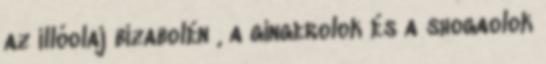
az illóolaj bizabolén , a gingerolok és a shogaolok